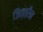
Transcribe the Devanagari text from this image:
ज़ित्त्रैन